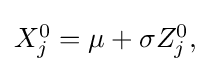
{\textstyle X_{j}^{0}=\mu +\sigma Z_{j}^{0},}